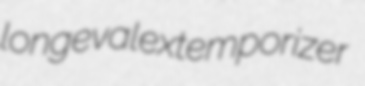
longeval extemporizer